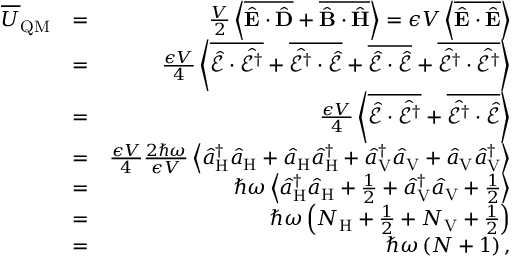
\begin{array} { r l r } { \overline { { U } } _ { \mathrm { Q M } } } & { = } & { \frac { V } { 2 } \left\langle \overline { { \hat { { \bf E } } \cdot \hat { { \bf D } } } } + \overline { { \hat { { \bf B } } \cdot \hat { { \bf H } } } } \right\rangle = \epsilon V \left\langle \overline { { \hat { { \bf E } } \cdot \hat { { \bf E } } } } \right\rangle } \\ & { = } & { \frac { \epsilon V } { 4 } \left\langle \overline { { \hat { \mathcal { E } } \cdot \hat { \mathcal { E } ^ { \dagger } } } } + \overline { { \hat { \mathcal { E } ^ { \dagger } } \cdot \hat { \mathcal { E } } } } + \overline { { \hat { \mathcal { E } } \cdot \hat { \mathcal { E } } } } + \overline { { \hat { \mathcal { E } ^ { \dagger } } \cdot \hat { \mathcal { E } ^ { \dagger } } } } \right\rangle } \\ & { = } & { \frac { \epsilon V } { 4 } \left\langle \overline { { \hat { \mathcal { E } } \cdot \hat { \mathcal { E } ^ { \dagger } } } } + \overline { { \hat { \mathcal { E } ^ { \dagger } } \cdot \hat { \mathcal { E } } } } \right\rangle } \\ & { = } & { \frac { \epsilon V } { 4 } \frac { 2 \hbar \omega } { \epsilon V } \left\langle \hat { a } _ { \mathrm { H } } ^ { \dagger } \hat { a } _ { \mathrm { H } } + \hat { a } _ { \mathrm { H } } \hat { a } _ { \mathrm { H } } ^ { \dagger } + \hat { a } _ { \mathrm { V } } ^ { \dagger } \hat { a } _ { \mathrm { V } } + \hat { a } _ { \mathrm { V } } \hat { a } _ { \mathrm { V } } ^ { \dagger } \right\rangle } \\ & { = } & { \hbar \omega \left\langle \hat { a } _ { \mathrm { H } } ^ { \dagger } \hat { a } _ { \mathrm { H } } + \frac { 1 } { 2 } + \hat { a } _ { \mathrm { V } } ^ { \dagger } \hat { a } _ { \mathrm { V } } + \frac { 1 } { 2 } \right\rangle } \\ & { = } & { \hbar \omega \left( N _ { \mathrm { H } } + \frac { 1 } { 2 } + N _ { \mathrm { V } } + \frac { 1 } { 2 } \right) } \\ & { = } & { \hbar \omega \left( N + 1 \right) , } \end{array}